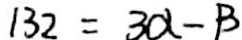
1 3 2 = 3 \alpha - \beta